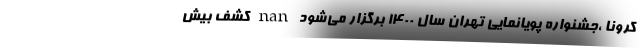
کرونا ،جشنواره پویانمایی تهران سال ۱۴۰۰ برگزار می‌شود nan کشف بیش